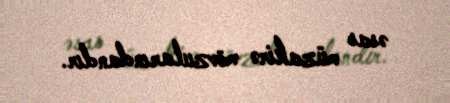
əsas müzakirə mövzularındandır.